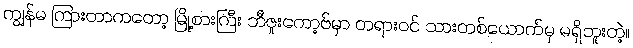
ကျွန်မ ကြားတာကတော့ မြို့စားကြီး ဘီဇူးကော့ဗ်မှာ တရားဝင် သားတစ်ယောက်မှ မရှိဘူးတဲ့။